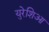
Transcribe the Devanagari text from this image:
युरेशिआ